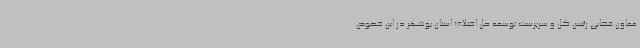
معاون قضایی رئیس کل و سرپرست توسعه حل اختلاف استان بوشهر در این خصوص